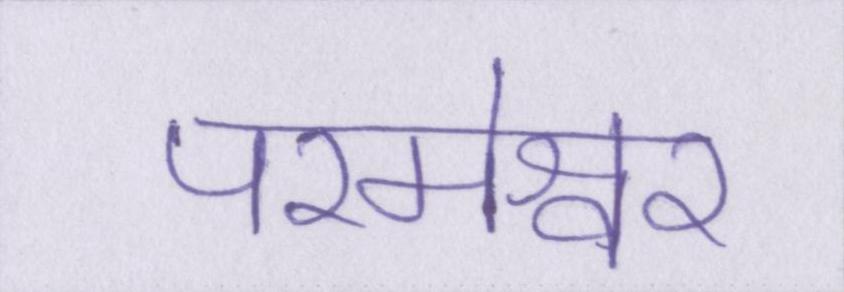
परमेश्वर